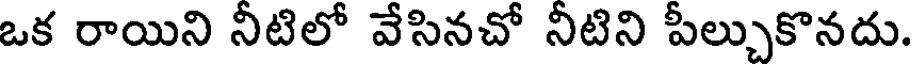
ఒక రాయిని నీటిలో వేసినచో నీటిని పీల్చుకొనదు.